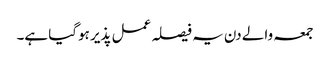
جمعہ والے دن یہ فیصلہ عمل پذیر ہوگیا ہے۔